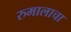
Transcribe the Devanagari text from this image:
रुमालाचा